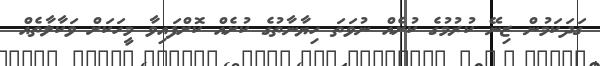
ގަދަކަމުން ޒިނޭ ކުރުމުގެ ކުށެއް ނުވަތަ ހިޔާނާތުގެ ކުށެއް ކޮށްފައިވާ މީހަކަށް ވަކާލާތެއް